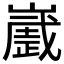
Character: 𰎻